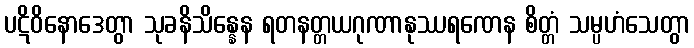
ပဋိဝိနောဒေတွာ သုခနိသိန္နေန ရတနတ္တယဂုဏာနုဿရဏေန စိတ္တံ သမ္ပဟံသေတွာ